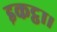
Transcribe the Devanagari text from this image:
इकट्ठा।